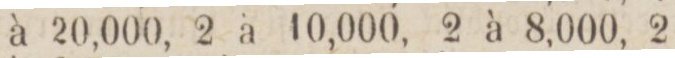
à 20,000, 2 à 10,000, 2 à 8,000, 2